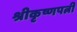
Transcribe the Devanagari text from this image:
श्रीकृष्णपत्नी